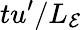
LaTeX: tu^{\prime}/L_{\mathcal{E}}